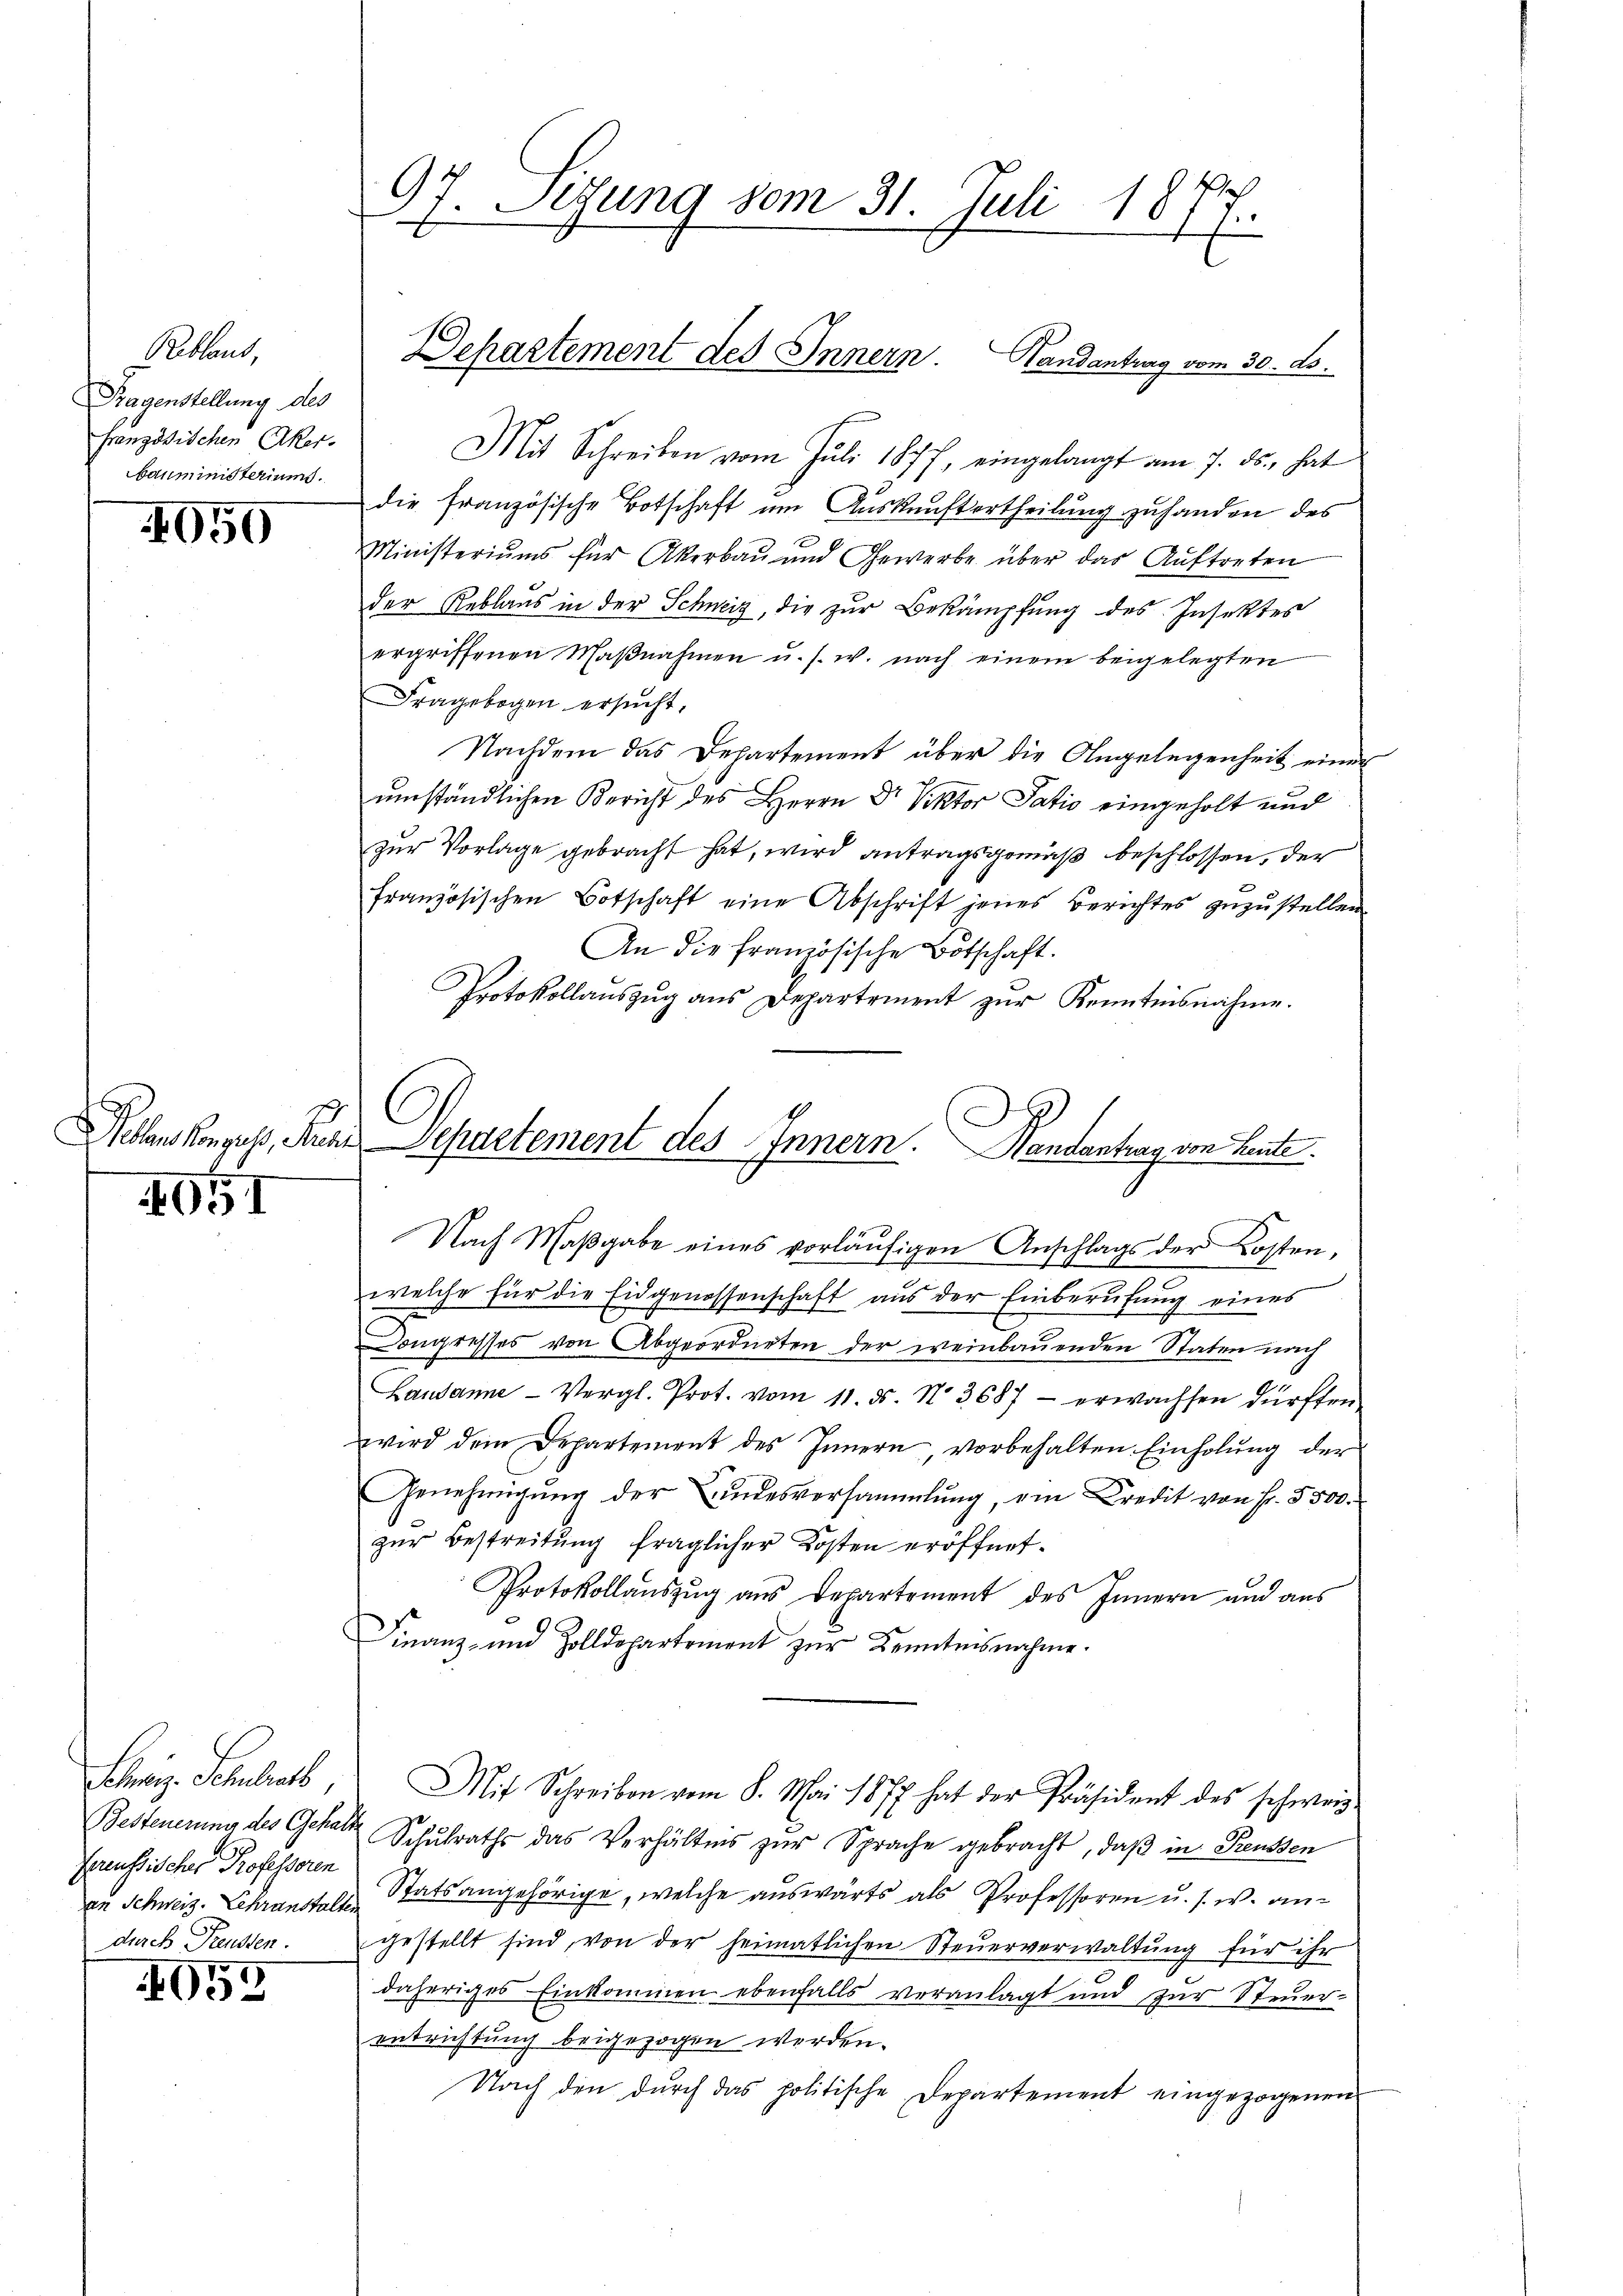
Rebland,
Hagenstellung des
französischen Aker
bauministeriums.

4050

4051

Schweiz. Schulrath,
Besteuerung des Gehalt
freussischer Professoren
an Schweiz. Lehranstalten
durch Preussen.

459

97. Setzung vom 31. Juli 1877.

Mit Schreiben vom Juli 1877, eingelangt am 7. ds. hat
die französische Botschaft um Auskunftertheilung zuhanden des
Ministeriums für Akerbau und Gewerbe über das Aŭftreten
der Reblaus in der Schweiz, die zur Bekämpfung des Insektes
ergriffenen Maβnahmen u. s. w. nach einem beigelegten
Fragebogen ersucht,
Nachdem das Departement über die Angelegenheit einer
umständlichen Bericht des Herrn Dr Viktor Patio eingeholt und
zur Vorlage gebracht hat, wird antragsgemäß beschlossen, der
französischen Botschaft eine Abschrift jenes Berichtes zuzustellen.
An die französische Botschaft.
Protokollauszug aus Departement zur Kenntnisnahme.
Nach Maβgabe eines vorläŭfigen Anschlags der Kosten,
welche für die Eidgenossenschaft aus der Einberufung eines
Congresses von Abgeordneten der weinbauenden Staten nach
Lausanne - Vergl. Prot. vom 11. ds. No. 3687 - erwachsen dürften
wird dem Departement des Innern, vorbehalten Einholung der
Genehmigŭng der indesversammlung, am Kredit von Fr. 5500.
zŭr Bestreitung fraglicher Kosten eröffnet.
Protokollauszug aus Departement des Innern und aus
Finanz- und Zolldepartement zŭr Kenntnisnahme.
Mit Schreiben vom 8. Mai 1877 hat der Präsident des schweiz.
Schulraths das Verhältnis zur Sprache gebracht, daß in Preussen
Statsangehörige, welche auswärts als Professoren u. s. w. angestellt sind, von der heimatlichen Steŭerverwaltung für ihr
daheriges Einkommen ebenfalls veranlagt und zur Steŭer-
entrichtung beigezogen werden.
Nach den dŭrch das politische Departement eingezogenen

Departement des Innern. Handantrag vom 30. ds.

Nellenskonzess, Ruar-Separtement des Innern. Handantrag von Leute.